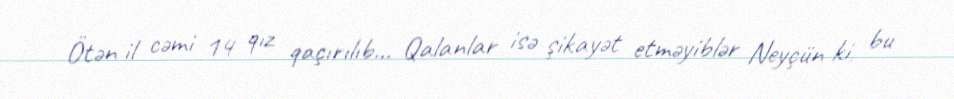
Ötən il cəmi 14 qız qaçırılıb... Qalanlar isə şikayət etməyiblər Neyçün ki, bu